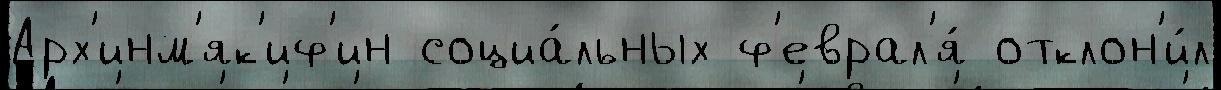
Арх'инм'як'иф'ин социа́льных ф'еврал'я́ отклон'и́л